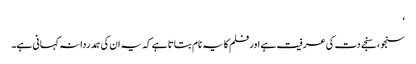
‘
سنجو، سنجے دت کی عرفیت ہے اور فلم کا یہ نام بتاتا ہے کہ یہ ان کی ہمدردانہ کہانی ہے۔